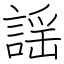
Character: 謡